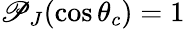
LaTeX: \mathscr{P}_{J}(\cos\theta_{c})=1